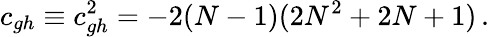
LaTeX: c_{gh}\equiv c_{gh}^{2}=-2(N-1)(2N^{2}+2N+1)\, .